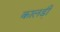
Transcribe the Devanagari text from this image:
कालडी़